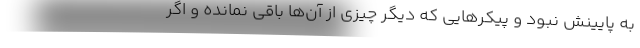
به پایینش نبود و پیکرهایی که دیگر چیزی از آن‌ها باقی نمانده و اگر